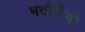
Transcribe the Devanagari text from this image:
भदौरियो